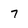
Character: 7